King Institute of Preventive Medicine Micro-Biological Section reports 1909-11
Year: 1909
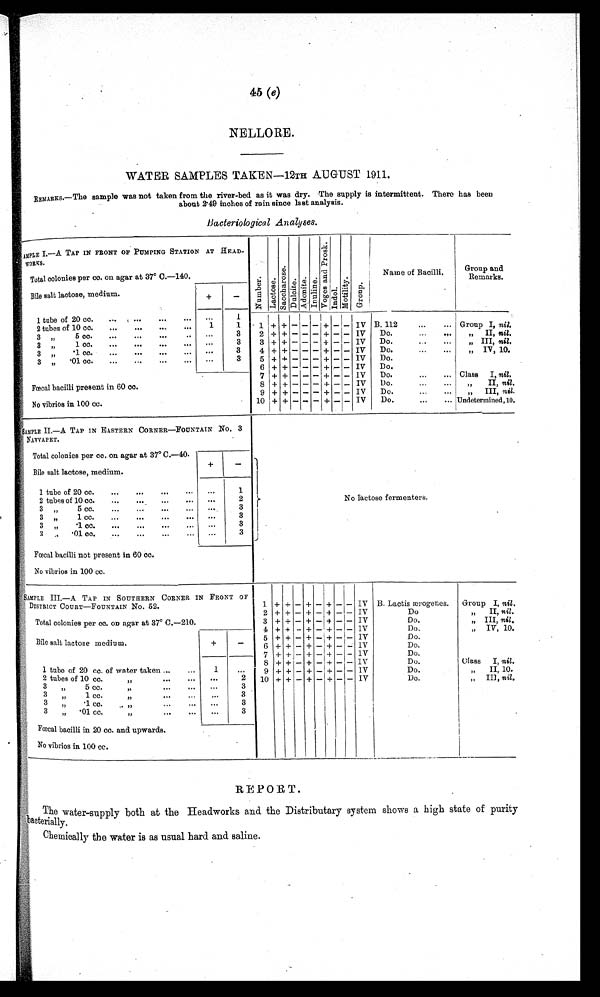
45 ( e)
NELLORE.
WATER SAMPLES TAKEN—12TH AUGUST 1911.
REMARKS.—The sample was not taken from the river-bed as it was dry. The supply is intermittent. There has been
about 2.49 inches of rain since last analysis.
Bacteriological Analyses.
SAMPLE I.—A TAP IN FRONT OF PUMPING STATION AT HEADWORKS.
Numbe r .
Lact os e.
S a c c h a r o s e . Dulcite.
Adoni t e.
I nul i ne.
V o g e s a n d P r o s k .
I n d o l .
Mot i l i t y. Group.
Name of Bacilli.
Group and
Remarks.
Total colonies per cc. on agar at 37° C.—140.
Bile salt lactose, medium.
+-
-
1 tube of 20 cc.
... ... ... ... ...
. . .
1
1 + +
- - -
+
- -
IV B. 112
... Group I, nil.
2 tubes of 10 cc.
...
...
...
...
1
1
3 „ 5 cc.
... ...
...
. . .
3
2
+ +
- - - +
- - IV
Do.
...
...
„ II, nil.
3 „ 1 cc
...
...
...
. . .
. . .
3
3
+ +
- - - +
- - IV
Do.
...
„ III, nil.
3 „ .1 cc.
...
...
...
...
. . .
3
4 + +
- - - +
- - IV
Do.
...
...
„ IV, 10.
3 „ .01 cc.
...
...
. . .
. . .
. . .
3
5 + +
- - - +
- - IV
Do.
6 + +
- - - +
- - IV
Do.
Fœcal bacilli present in 60 cc.
7 + +
- - - +
- - IV
Do.
...
... Class I, nil.
8 + +
- - - +
- - IV
Do.
...
...
„ II, nil.
9 +
+ - - - - - - IV
Do.
...
...
„ III, nil.
No vibrios in 100 cc.
10 + +
- - - +
- - IV
Do.
...
... Undetermined, 10.
SAMPLE II.—A TAP IN EASTERN CORNER—FOUNTAIN NO. 3
NAVVAPET.
No lactose fermenters.
Total colonies per cc. on agar at 37° C.—40.
Bile salt lactose, medium.
+
-
1 tube of 20 cc.
...
...
...
. . .
1
2 tubes of 10 cc.
...
...
...
. . .
2
3 „ 5 cc.
...
...
...
. . .
3
3 „ 1 cc.
...
...
...
...
. . .
3
3 „ .1 cc.
...
...
...
...
...
3
3 „ .01 cc.
...
...
... ...
3
Fœcal bacilli not present in 60 cc.
No vibrios in 100 cc.
S A M P L E I I I . — A T A P I N S O U T H E R N C O R N E R I N F R O N T O F
DISTRICT COURT—FOUNTAIN No. 52.
1 + +
- +
- +
- - IV B. Lactis ærogenes.
Group I, nil.
2
+ + - + - +
- - IV
Do
„ II, nil.
Total colonies per cc. on agar at 37° C.—210.
3 + +
- +
- +
- - IV
Do.
„ III, nil.
4 + +
- +
- +
- - IV
Do.
„ IV, 10.
Bile salt lactose, medium.
+
- 5 + +
- +
- +
- - IV
Do.
6 + +
- +
- +
- - IV
Do.
7
+ + - + - +
- - IV
Do.
1 tube of 20 cc. of water taken ...
...
1
...
8 + +
- +
- +
- - IV
Do.
Class I, nil.
9 + +
- +
- + - - IV
Do.
„ II, 10.
2 tubes of 10 cc. „
. . .
2 10 + +
- +
- + - - IV
Do.
„ III, nil.
3 „ 5 cc.
...
. . .
. . .
3
3 „ 1 cc.
...
. . .
. . .
3
3 „ .1 cc.
. . .
. . .
3
3 „ .01 cc....
. . .
. . . 3
Fœcal bacilli in 20 cc. and upwards.
No vibrios in 100 cc.
REPORT.
The water-supply both at the Headworks and the Distributary system shows a high state of purity
bacterially.
Chemically the water is as usual hard and saline.